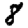
Digit: 8